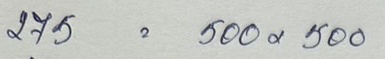
275 = 500x500